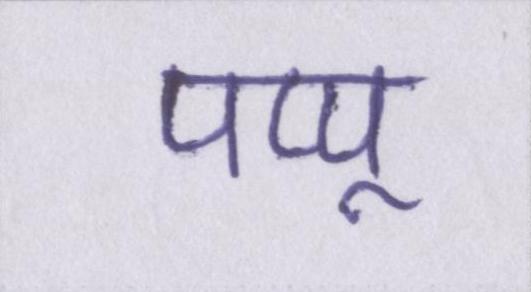
पप्पू